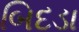
બિદડા